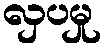
လှပမှု